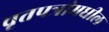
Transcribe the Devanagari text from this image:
वृतपत्रांमधील